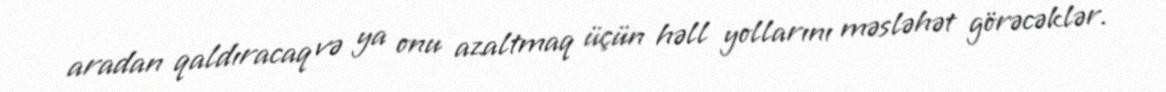
aradan qaldıracaq və ya onu azaltmaq üçün həll yollarını məsləhət görəcəklər.